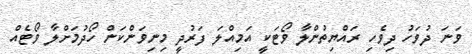
ވަނަ ދުވަހު ދިވެހި ރައްޔިތުންލާ ވޯޓަކީ އަމިއްލަ ފަރުދީ މިނިވަންކަން ހޯދުމަށްލާ ވޯޓެއް